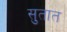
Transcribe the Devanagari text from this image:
सुतात